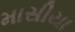
માસીયા